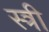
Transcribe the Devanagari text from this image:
स्त्री